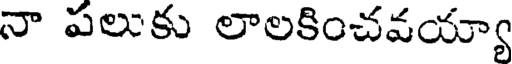
నా పలుకు లాలకించవయ్యా